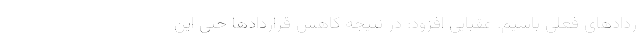
ردادهای فعلی باشیم. عقبایی افزود: در نتیجه کاهش قراردادها حتی این